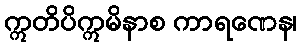
ဣတိပိဣမိနာစ ကာရဏေန၊